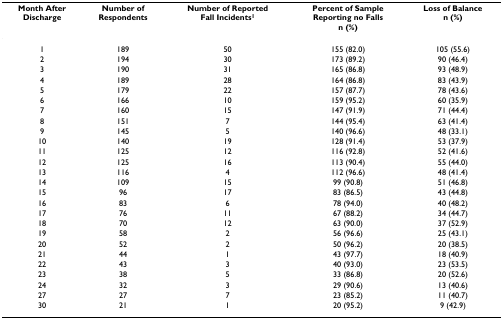
| Month AfterDischarge | Number ofRespondents | Number of ReportedFall Incidents1 | Percent of SampleReporting no Fallsn (%) | Loss of Balancen (%) |
 | --- | --- | --- | --- | --- |
 | 1 | 189 | 50 | 155 (82.0) | 105 (55.6) |
 | 2 | 194 | 30 | 173 (89.2) | 90 (46.4) |
 | 3 | 190 | 31 | 165 (86.8) | 93 (48.9) |
 | 4 | 189 | 28 | 164 (86.8) | 83 (43.9) |
 | 5 | 179 | 22 | 157 (87.7) | 78 (43.6) |
 | 6 | 166 | 10 | 159 (95.2) | 60 (35.9) |
 | 7 | 160 | 15 | 147 (91.9) | 71 (44.4) |
 | 8 | 151 | 7 | 144 (95.4) | 63 (41.4) |
 | 9 | 145 | 5 | 140 (96.6) | 48 (33.1) |
 | 10 | 140 | 19 | 128 (91.4) | 53 (37.9) |
 | 11 | 125 | 12 | 116 (92.8) | 52 (41.6) |
 | 12 | 125 | 16 | 113 (90.4) | 55 (44.0) |
 | 13 | 116 | 4 | 112 (96.6) | 48 (41.4) |
 | 14 | 109 | 15 | 99 (90.8) | 51 (46.8) |
 | 15 | 96 | 17 | 83 (86.5) | 43 (44.8) |
 | 16 | 83 | 6 | 78 (94.0) | 40 (48.2) |
 | 17 | 76 | 11 | 67 (88.2) | 34 (44.7) |
 | 18 | 70 | 12 | 63 (90.0) | 37 (52.9) |
 | 19 | 58 | 2 | 56 (96.6) | 25 (43.1) |
 | 20 | 52 | 2 | 50 (96.2) | 20 (38.5) |
 | 21 | 44 | 1 | 43 (97.7) | 18 (40.9) |
 | 22 | 43 | 3 | 40 (93.0) | 23 (53.5) |
 | 23 | 38 | 5 | 33 (86.8) | 20 (52.6) |
 | 24 | 32 | 3 | 29 (90.6) | 13 (40.6) |
 | 27 | 27 | 7 | 23 (85.2) | 11 (40.7) |
 | 30 | 21 | 1 | 20 (95.2) | 9 (42.9) |